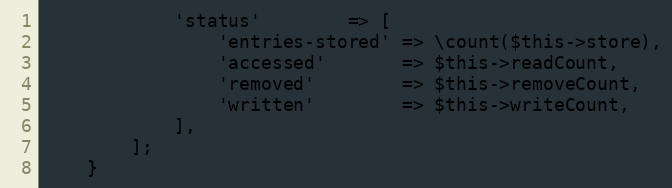
Language: PHP
            'status'        => [
                'entries-stored' => \count($this->store),
                'accessed'       => $this->readCount,
                'removed'        => $this->removeCount,
                'written'        => $this->writeCount,
            ],
        ];
    }